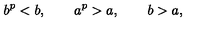
b ^ { p } < b , \qquad a ^ { p } > a , \qquad b > a ,